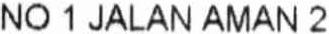
NO 1 JALAN AMAN 2